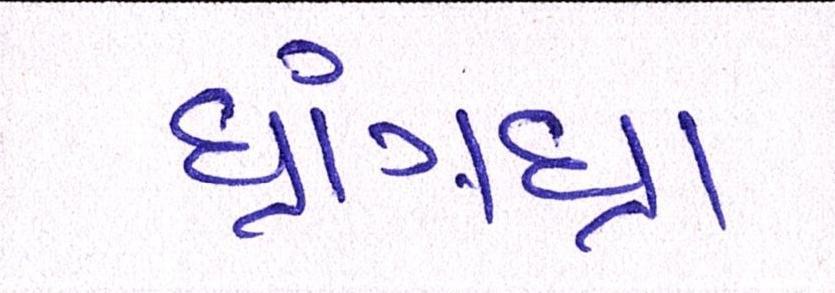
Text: ધ્રાંગધ્રા